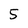
Character: 5